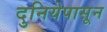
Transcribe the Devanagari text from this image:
दुनियेपासून